Vaccination in Bombay 1869-1873 - 1869-1873
Year: 1869
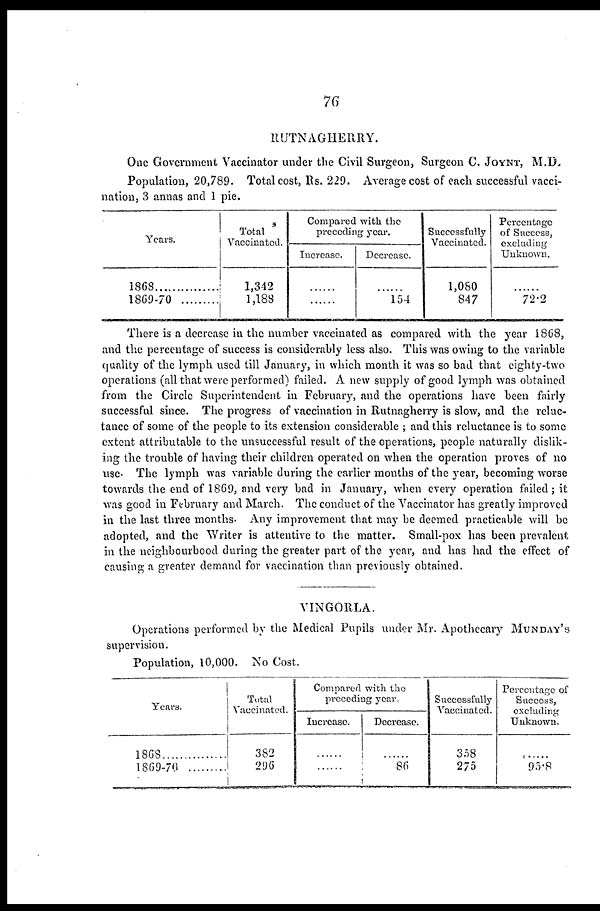
76
RUTNAGHERRY.
One Government Vaccinator under the Civil Surgeon, Surgeon C. JOYNT, M.D.
Population, 20,789. Total cost, Rs. 229. Average cost of each successful vacci-
nation, 3 annas and 1 pie.
Years.
1868..................
1869-70.........
Total
Vaccinated.
1,342
1,183
Compared with the
preceding year.
Increase.
......
......
Decrease.
......
154
Successfully
Vaccinated.
1,080
847
Percentage
of Success,
excluding
Unknown.
......
72.2
There is a decrease in the number vaccinated as compared, with the year 1868,
and the percentage of success is considerably less also. This was owing to the variable
quality of the lymph used till January, in which month it was so bad that eighty-two
operations (all that were performed) failed. A new supply of good lymph was obtained
from the Circle Superintendent in February, and the operations have been fairly
successful since. The progress of vaccination in Rutnagherry is slow, and the reluc-
tance of some of the people to its extension considerable ; and this reluctance is to some
extent attributable to the unsuccessful result of the operations, people naturally dislik-
ing the trouble of having their children operated on when the operation proves of no
use. The lymph was variable during the earlier months of the year, becoming worse
towards the end of 1869, and very bad in January, when every operation failed; it
was good in February and March. The conduct of the Vaccinator has greatly improved
in the last three months. Any improvement that may be deemed practicable will be
adopted, and the Writer is attentive to the matter. Small-pox has been prevalent
in the neighbourbood during the greater part of the year, and has had the effect of
causing a greater demand for vaccination than previously obtained.
VINGORLA.
Operations performed by the Medical Pupils under Mr. Apothecary MUNDAY,S
supervision.
Population, 10,000. No Cost.
Years.
1868...............
1869-70
.........
Total
Vaccinated.
382
296
Compared with the
preceding year.
Increase.
......
......
Decrease.
......
86
Successfully
Vaccinated.
358
275
Percentage of
Success,
excluding
Unknown.
......
95.8